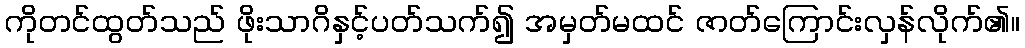
ကိုတင်ထွတ်သည် ဖိုးသာဂိနှင့်ပတ်သက်၍ အမှတ်မထင် ဇာတ်ကြောင်းလှန်လိုက်၏။